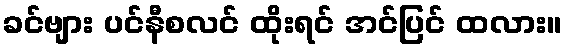
ခင်ဗျား ပင်နီစလင် ထိုးရင် အင်ပြင် ထလား။